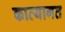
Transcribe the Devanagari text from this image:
काव्यागत